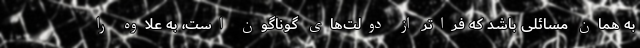
به همان مسائلی باشد که فراتر از دولت‌های گوناگون است، به علاوه را